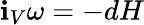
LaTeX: \mathbf{i}_{V}\omega=-dH